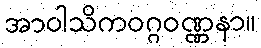
အာဝါသိကဝဂ္ဂဝဏ္ဏနာ။